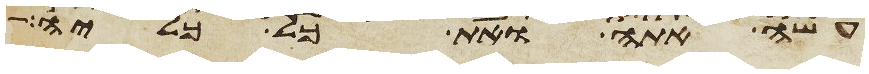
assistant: עשה אתה ואת כל כליה